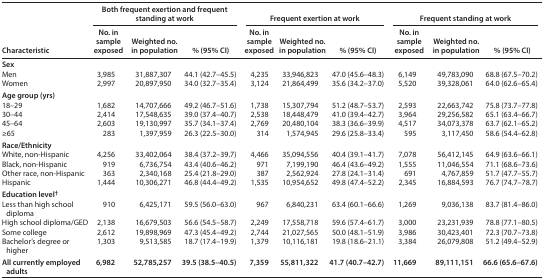
<table><thead><tr><td rowspan="2"><b>Characteristic</b></td><td colspan="3"><b>Both frequent exertion and frequent standing at work</b></td><td colspan="3"><b>Frequent exertion at work</b></td><td colspan="3"><b>Frequent standing at work</b></td></tr><tr><td><b>No. in sample exposed</b></td><td><b>Weighted no. in population</b></td><td><b>% (95% CI)</b></td><td><b>No. in sample exposed</b></td><td><b>Weighted no. in population</b></td><td><b>% (95% CI)</b></td><td><b>No. in sample exposed</b></td><td><b>Weighted no. in population</b></td><td><b>% (95% CI)</b></td></tr></thead><tbody><tr><td colspan="10"><b>Sex</b></td></tr><tr><td>Men</td><td>3,985</td><td>31,887,307</td><td>44.1 (42.7–45.5)</td><td>4,235</td><td>33,946,823</td><td>47.0 (45.6–48.3)</td><td>6,149</td><td>49,783,090</td><td>68.8 (67.5–70.2)</td></tr><tr><td>Women</td><td>2,997</td><td>20,897,950</td><td>34.0 (32.7–35.4)</td><td>3,124</td><td>21,864,499</td><td>35.6 (34.2–37.0)</td><td>5,520</td><td>39,328,061</td><td>64.0 (62.6–65.4)</td></tr><tr><td colspan="10"><b>Age group (yrs)</b></td></tr><tr><td>18–29</td><td>1,682</td><td>14,707,666</td><td>49.2 (46.7–51.6)</td><td>1,738</td><td>15,307,794</td><td>51.2 (48.7–53.7)</td><td>2,593</td><td>22,663,742</td><td>75.8 (73.7–77.8)</td></tr><tr><td>30–44</td><td>2,414</td><td>17,548,635</td><td>39.0 (37.4–40.7)</td><td>2,538</td><td>18,448,479</td><td>41.0 (39.4–42.7)</td><td>3,964</td><td>29,256,582</td><td>65.1 (63.4–66.7)</td></tr><tr><td>45–64</td><td>2,603</td><td>19,130,997</td><td>35.7 (34.1–37.4)</td><td>2,769</td><td>20,480,104</td><td>38.3 (36.6–39.9)</td><td>4,517</td><td>34,073,378</td><td>63.7 (62.1–65.2)</td></tr><tr><td>≥65</td><td>283</td><td>1,397,959</td><td>26.3 (22.5–30.0)</td><td>314</td><td>1,574,945</td><td>29.6 (25.8–33.4)</td><td>595</td><td>3,117,450</td><td>58.6 (54.4–62.8)</td></tr><tr><td colspan="10"><b>Race/Ethnicity</b></td></tr><tr><td>White, non-Hispanic</td><td>4,256</td><td>33,402,064</td><td>38.4 (37.2–39.7)</td><td>4,466</td><td>35,094,556</td><td>40.4 (39.1–41.7)</td><td>7,078</td><td>56,412,145</td><td>64.9 (63.6–66.1)</td></tr><tr><td>Black, non-Hispanic</td><td>919</td><td>6,736,754</td><td>43.4 (40.6–46.2)</td><td>971</td><td>7,199,190</td><td>46.4 (43.6–49.2)</td><td>1,555</td><td>11,046,554</td><td>71.1 (68.6–73.6)</td></tr><tr><td>Other race, non-Hispanic</td><td>363</td><td>2,340,168</td><td>25.4 (21.8–29.0)</td><td>387</td><td>2,562,924</td><td>27.8 (24.1–31.4)</td><td>691</td><td>4,767,859</td><td>51.7 (47.7–55.7)</td></tr><tr><td>Hispanic</td><td>1,444</td><td>10,306,271</td><td>46.8 (44.4–49.2)</td><td>1,535</td><td>10,954,652</td><td>49.8 (47.4–52.2)</td><td>2,345</td><td>16,884,593</td><td>76.7 (74.7–78.7)</td></tr><tr><td colspan="10"><b>Education level<sup>†</sup></b></td></tr><tr><td>Less than high school diploma</td><td>910</td><td>6,425,171</td><td>59.5 (56.0–63.0)</td><td>967</td><td>6,840,231</td><td>63.4 (60.1–66.6)</td><td>1,269</td><td>9,036,138</td><td>83.7 (81.4–86.0)</td></tr><tr><td>High school diploma/GED</td><td>2,138</td><td>16,679,503</td><td>56.6 (54.5–58.7)</td><td>2,249</td><td>17,558,718</td><td>59.6 (57.4–61.7)</td><td>3,000</td><td>23,231,939</td><td>78.8 (77.1–80.5)</td></tr><tr><td>Some college</td><td>2,612</td><td>19,898,969</td><td>47.3 (45.4–49.2)</td><td>2,744</td><td>21,027,565</td><td>50.0 (48.1–51.9)</td><td>3,986</td><td>30,423,401</td><td>72.3 (70.7–73.8)</td></tr><tr><td>Bachelor’s degree or higher</td><td>1,303</td><td>9,513,585</td><td>18.7 (17.4–19.9)</td><td>1,379</td><td>10,116,181</td><td>19.8 (18.6–21.1)</td><td>3,384</td><td>26,079,808</td><td>51.2 (49.4–52.9)</td></tr><tr><td><b>All currently employed adults</b></td><td><b>6,982</b></td><td><b>52,785,257</b></td><td><b>39.5 (38.5–40.5)</b></td><td><b>7,359</b></td><td><b>55,811,322</b></td><td><b>41.7 (40.7–42.7)</b></td><td><b>11,669</b></td><td><b>89,111,151</b></td><td><b>66.6 (65.6–67.6)</b></td></tr></tbody></table>